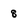
Character: 8